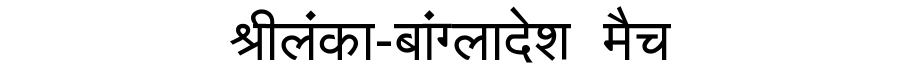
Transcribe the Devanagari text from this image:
श्रीलंका-बांग्लादेश मैच